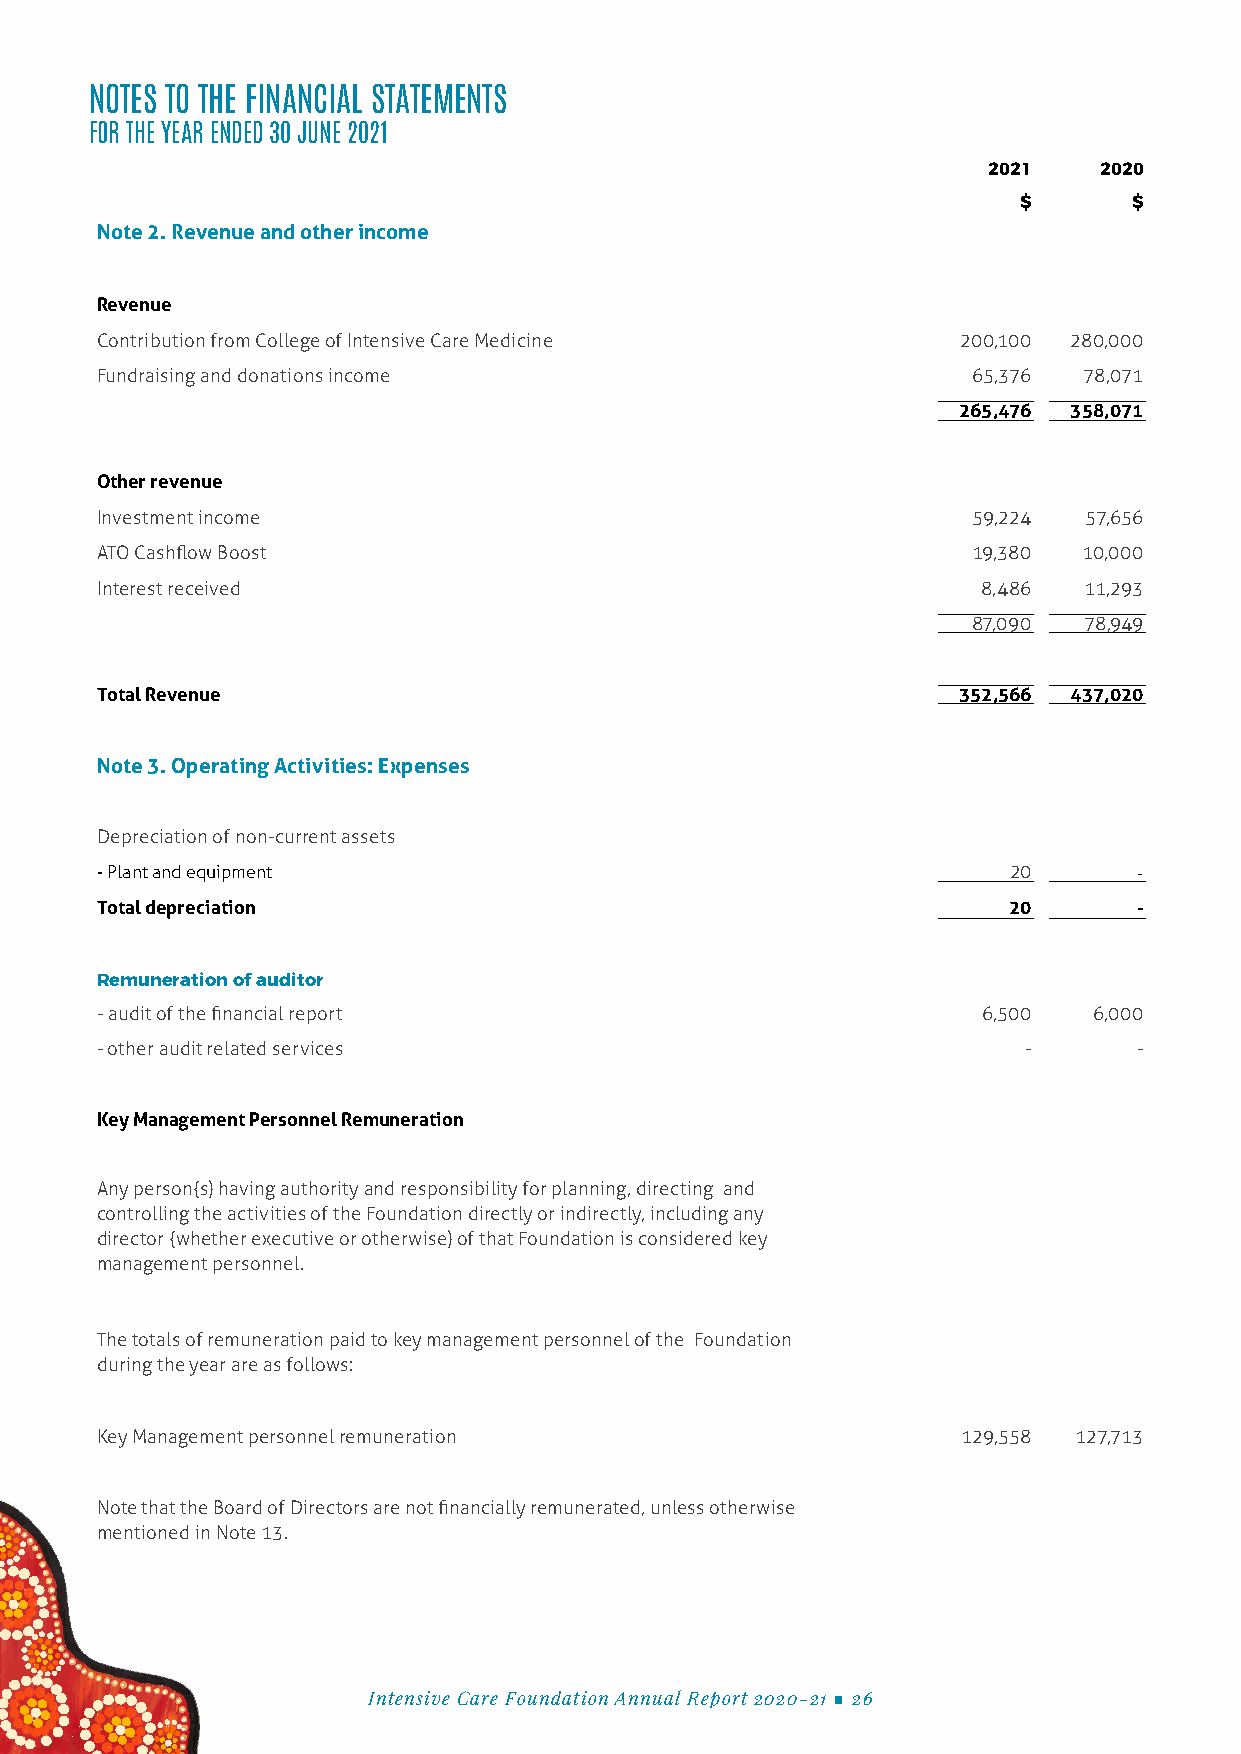
NOTES TO THE FINANCIAL STATEMENTS
 FOR THE YEAR ENDED 30 JUNE 2021
 2021    2020
 $      $
 Note 2. Revenue and other income
 Revenue
 Contribution from College of Intensive Care Medicine      200,100 280,000
 Fundraising and donations income                          65,376  78,071
 265,476 358,071
 Other revenue
 Investment income                                         59,224  57,656
 ATO Cashflow Boost                                        19,380  10,000
 Interest received                                          8,486  11,293
 87,090  78,949
 Total Revenue                                            352,566 437,020
 Note 3. Operating Activities: Expenses
 Depreciation of non-current assets
 - Plant and equipment                                        20      -
 Total depreciation                                           20      -
 Remuneration of auditor
 - audit of the financial report                            6,500  6,000
 - other audit related services                                -      -
 Key Management Personnel Remuneration
 Any person{s) having authority and responsibility for planning, directing and
 controlling the activities of the Foundation directly or indirectly, including any
 director {whether executive or otherwise) of that Foundation is considered key
 management personnel.
 The totals of remuneration paid to key management personnel of the Foundation
 during the year are as follows:
 Key Management personnel remuneration                     129,558 127,713
 Note that the Board of Directors are not financially remunerated, unless otherwise
 mentioned in Note 13.
 Intensive Care Foundation Annual Report 2020-21 ■ 26